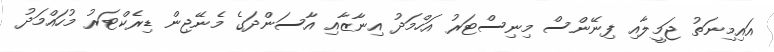
އައިމިނަތު ޖަމީލާއި ފިނޭންސް މިނިސްޓަރު އަހްމަދު އިނާޒާއި އާސަންދަގެ މެނޭޖިން ޑިރެކްޓަރު މުހައްމަދު